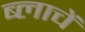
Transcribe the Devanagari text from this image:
ब्लाचें